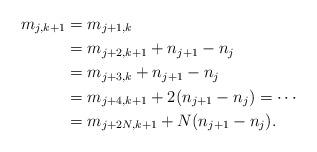
LaTeX: \begin{align*} m_{j,k+1} & = m_{j+1,k} \\& = m_{j+2,k+1} + n_{j+1} - n_j \\& = m_{j+3,k} + n_{j+1} - n_j \\& = m_{j+4,k+1} + 2(n_{j+1} - n_j) = \cdots \\& = m_{j + 2N,k+1} + N(n_{j+1} - n_j) .\end{align*}